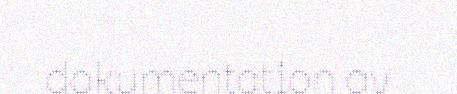
dokumentation av